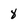
Character: 8